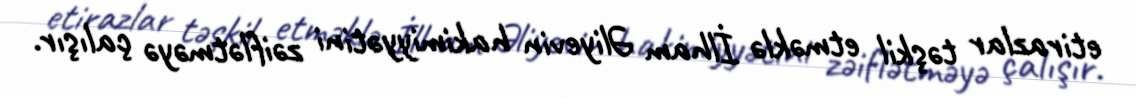
etirazlar təşkil etməklə İlham Əliyevin hakimiyyətini zəiflətməyə çalışır.